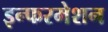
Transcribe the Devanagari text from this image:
इन्फरमेशन